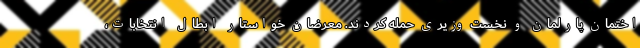
اختمان پارلمان و نخست وزیری حمله کردند. معرضان خواستار ابطال انتخابات،